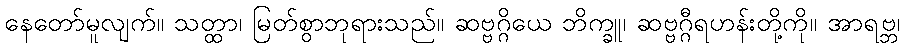
နေတော်မူလျက်။ သတ္ထာ၊ မြတ်စွာဘုရားသည်။ ဆဗ္ဗဂ္ဂိယေ ဘိက္ခူ၊ ဆဗ္ဗဂ္ဂီရဟန်းတို့ကို။ အာရဗ္ဘ၊